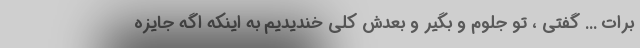
برات ... گفتى ، تو جلوم و بگیر و بعدش کلى خندیدیم به اینکه اگه جایزه